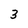
Character: 3